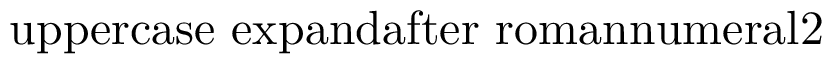
\mathrm { \ u p p e r c a s e \ e x p a n d a f t e r { \ r o m a n n u m e r a l 2 } }